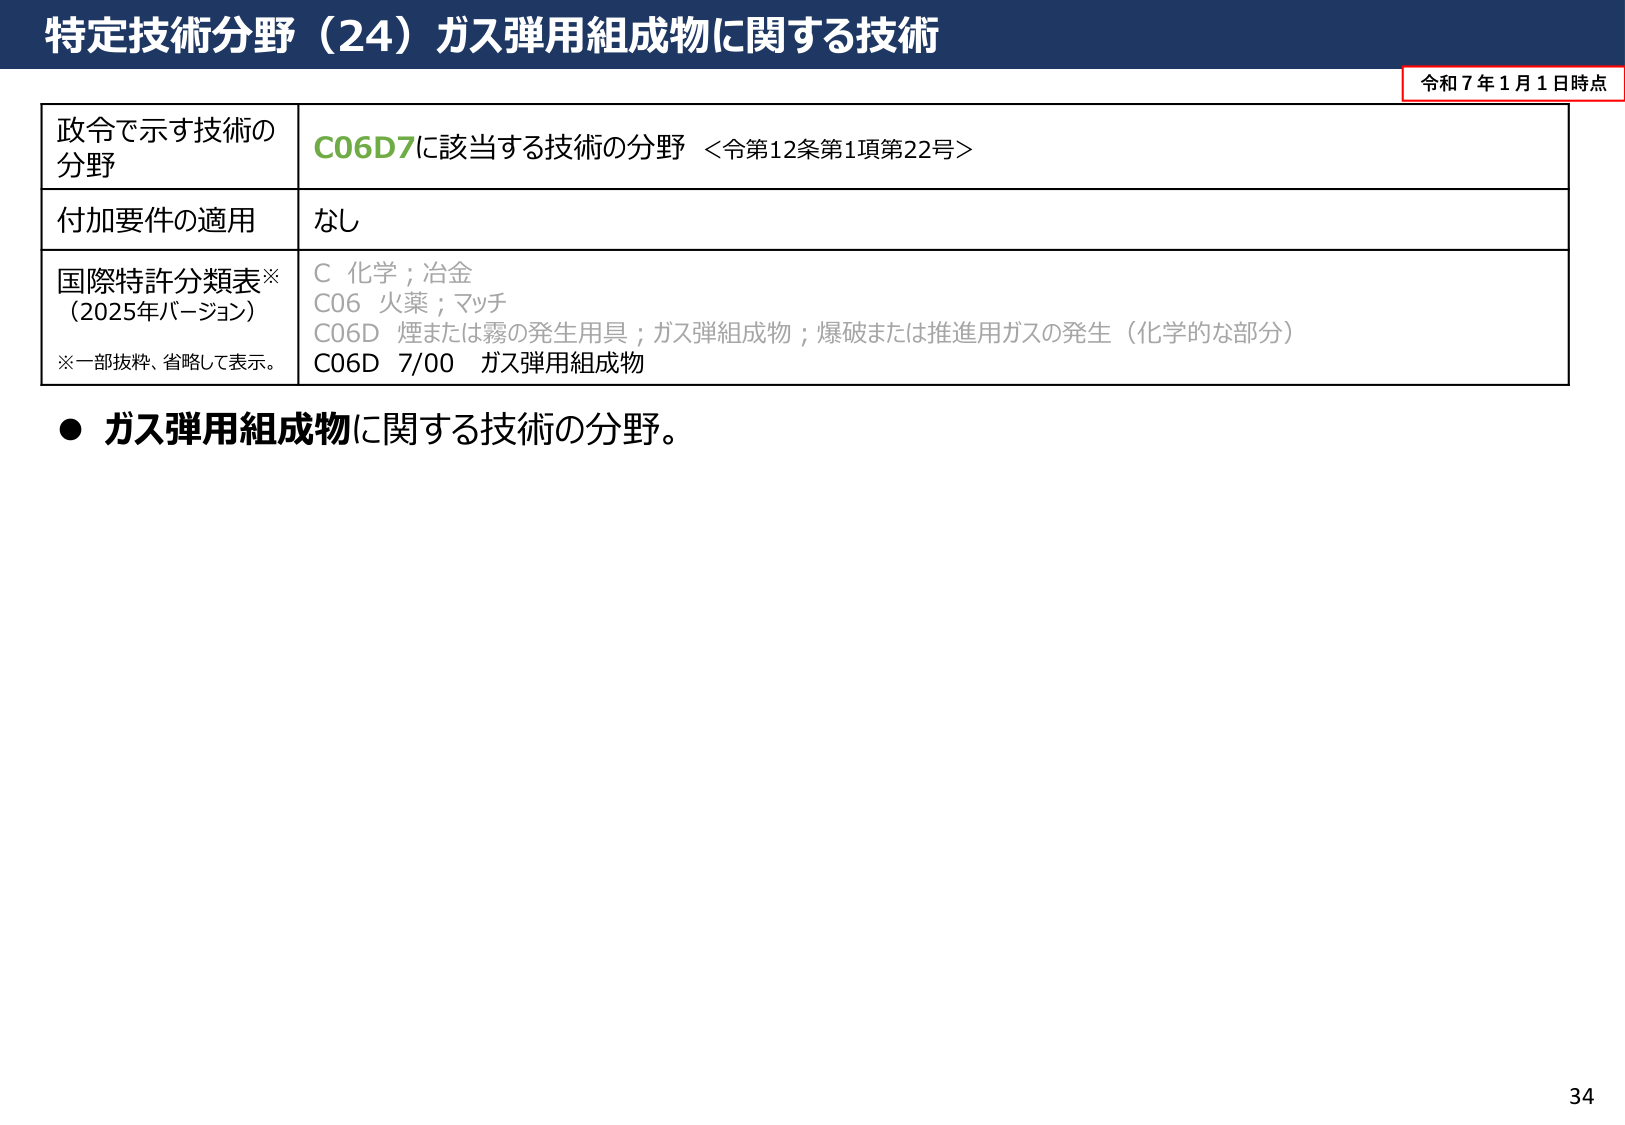
特定技術分野（24）ガス弾用組成物に関する技術

令和７年１月１日時点

政令で示す技術の
分野
C06D7に該当する技術の分野 ＜令第12条第1項第22号＞

付加要件の適用
なし

国際特許分類表※
（2025年バージョン）
※一部抜粋、省略して表示。
C 化学；冶金
C06 火薬；マッチ
C06D 煙または霧の発生用具；ガス弾組成物；爆破または推進用ガスの発生（化学的な部分）
C06D 7/00 ガス弾用組成物

● ガス弾用組成物に関する技術の分野。

34